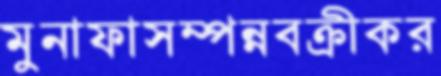
মুনাফাসম্পন্নবক্রীকর